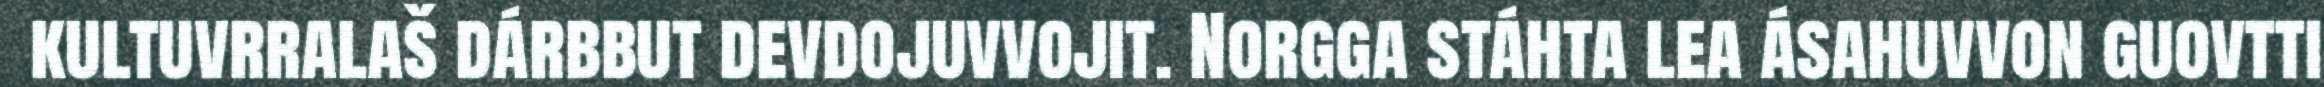
kultuvrralaš dárbbut devdojuvvojit. Norgga stáhta lea ásahuvvon guovtti